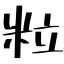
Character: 粒